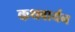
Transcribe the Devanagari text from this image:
कथवार्यन